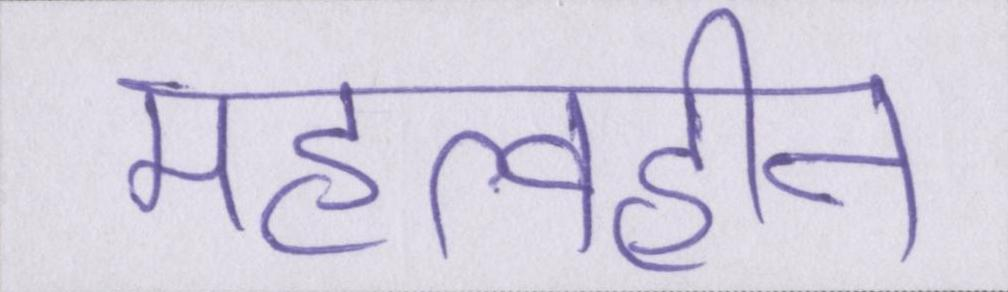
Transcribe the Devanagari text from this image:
महत्वहीन